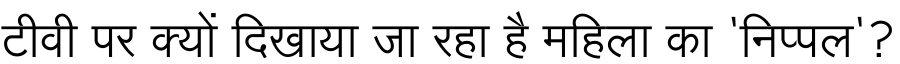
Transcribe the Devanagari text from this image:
टीवी पर क्यों दिखाया जा रहा है महिला का 'निप्पल'?